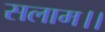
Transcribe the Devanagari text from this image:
सलाम।।